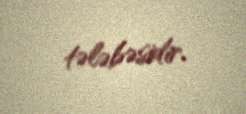
tələbəsidir.